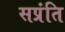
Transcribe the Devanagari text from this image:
सप्रंति